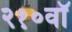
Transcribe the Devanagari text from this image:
२१०वॉ